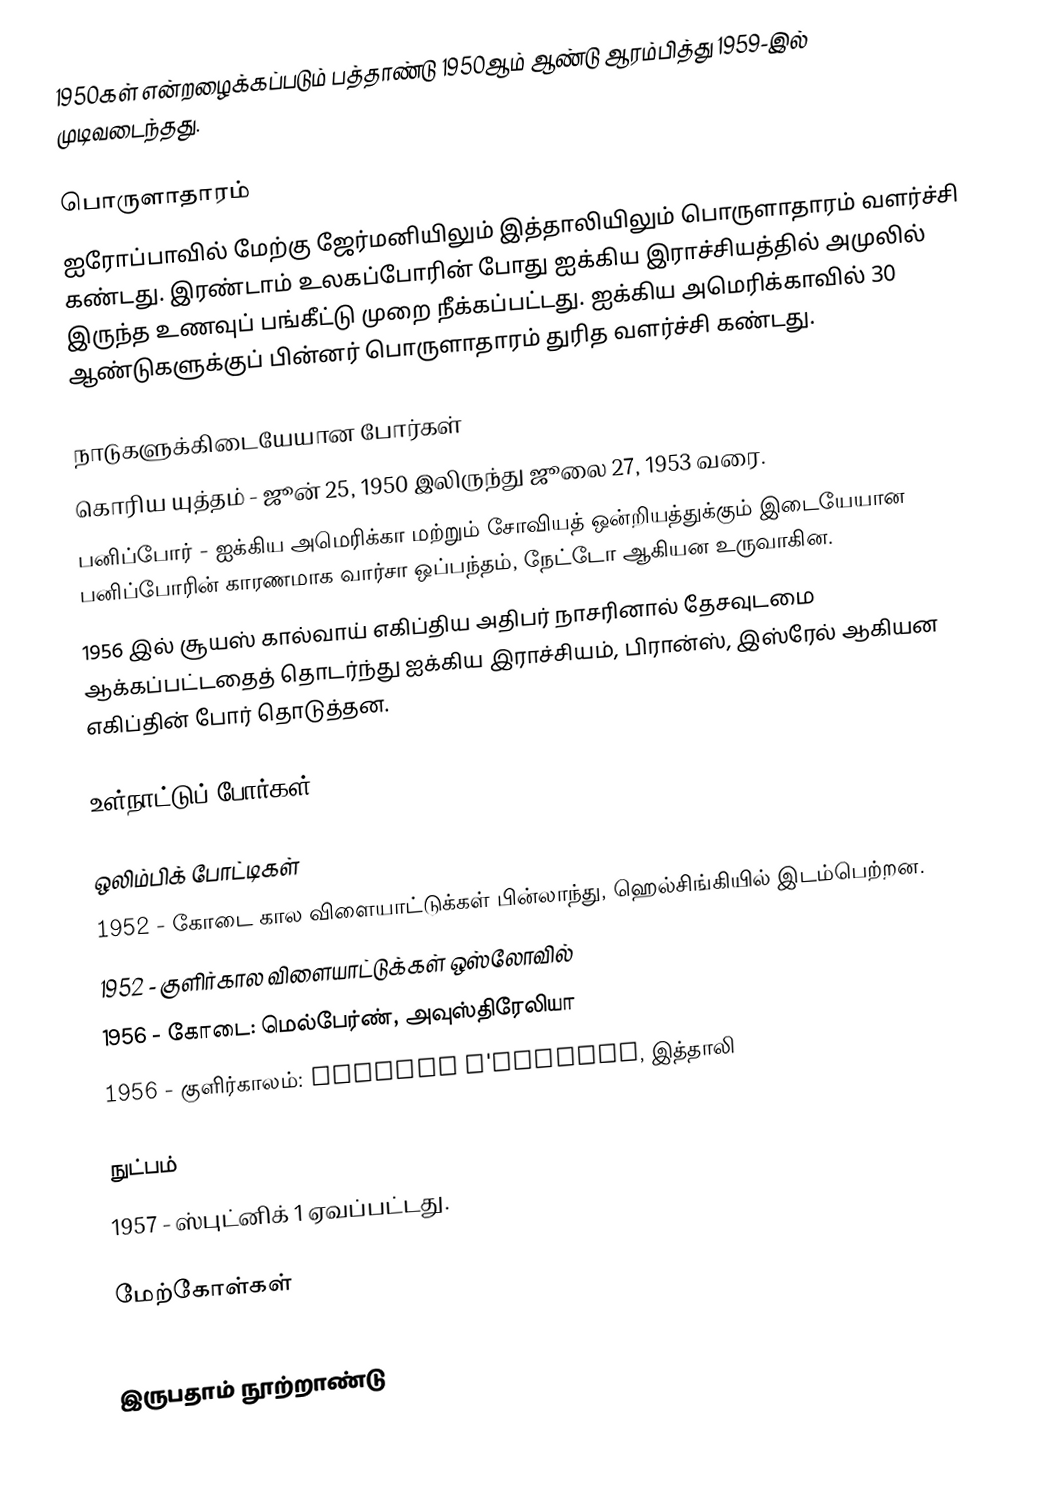
1950கள் என்றழைக்கப்படும் பத்தாண்டு 1950ஆம் ஆண்டு ஆரம்பித்து 1959-இல் முடிவடைந்தது.

பொருளாதாரம்
ஐரோப்பாவில் மேற்கு ஜேர்மனியிலும் இத்தாலியிலும் பொருளாதாரம் வளர்ச்சி கண்டது. இரண்டாம் உலகப்போரின் போது ஐக்கிய இராச்சியத்தில் அமுலில் இருந்த உணவுப் பங்கீட்டு முறை நீக்கப்பட்டது. ஐக்கிய அமெரிக்காவில் 30 ஆண்டுகளுக்குப் பின்னர் பொருளாதாரம் துரித வளர்ச்சி கண்டது.

நாடுகளுக்கிடையேயான போர்கள்
 கொரிய யுத்தம் - ஜூன் 25, 1950 இலிருந்து ஜூலை 27, 1953 வரை.
 பனிப்போர் - ஐக்கிய அமெரிக்கா மற்றும் சோவியத் ஒன்றியத்துக்கும் இடையேயான பனிப்போரின் காரணமாக வார்சா ஒப்பந்தம், நேட்டோ ஆகியன உருவாகின.
 1956 இல் சூயஸ் கால்வாய் எகிப்திய அதிபர் நாசரினால் தேசவுடமை ஆக்கப்பட்டதைத் தொடர்ந்து ஐக்கிய இராச்சியம், பிரான்ஸ், இஸ்ரேல் ஆகியன எகிப்தின் போர் தொடுத்தன.

உள்நாட்டுப் போர்கள்

ஒலிம்பிக் போட்டிகள்
 1952 - கோடை கால விளையாட்டுக்கள் பின்லாந்து, ஹெல்சிங்கியில் இடம்பெற்றன.
 1952 - குளிர்கால விளையாட்டுக்கள் ஒஸ்லோவில்
 1956 - கோடை: மெல்பேர்ண், அவுஸ்திரேலியா
 1956 - குளிர்காலம்: Cortina d'Ampezzo, இத்தாலி

நுட்பம்
 1957 - ஸ்புட்னிக் 1 ஏவப்பட்டது.

மேற்கோள்கள்

இருபதாம் நூற்றாண்டு